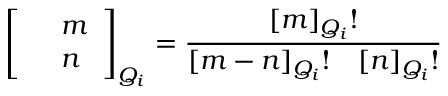
\left[ \begin{array} { c l c r } { { } } & { { m } } \\ { { } } & { { n } } \end{array} \right] _ { Q _ { i } } = \frac { \lbrack m \rbrack _ { Q _ { i } } ! } { \lbrack m - n \rbrack _ { Q _ { i } } ! ~ ~ ~ \lbrack n \rbrack _ { Q _ { i } } ! }